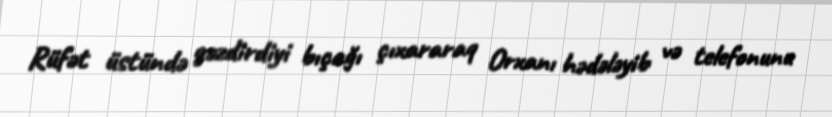
Rüfət üstündə gəzdirdiyi bıçağı çıxararaq Orxanı hədələyib və telefonunu